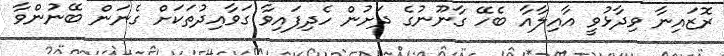
ރޮޒައިނާ ވިދާޅުވީ އާއިލާއާ ބެހޭ ގާނޫނުގެ ދަށުން ހެދިފައިވާ ގަވާއިދުތަކަށް ގެނަން ބޭނުންވާ